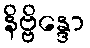
နိဗ္ဗိန္ဒော